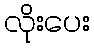
လိုးပေး